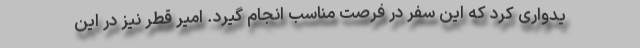
یدواری کرد که این سفر در فرصت مناسب انجام گیرد. امیر قطر نیز در این